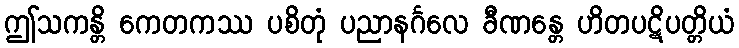
ဤသကန္တိ ကေတကဿ ပစိတုံ ပညာနင်္ဂလေ ခီဏန္တေ ဟိတပဋိပတ္တိယံ